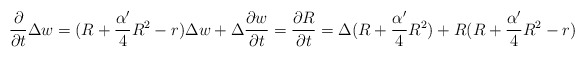
\begin{align*}\frac{\partial}{\partial t}\Delta w&=(R+\frac{\alpha'}{4}R^2-r)\Delta w+\Delta\frac{\partial w}{\partial t}=\frac{\partial R}{\partial t}=\Delta(R+\frac{\alpha'}{4}R^2)+R(R+\frac{\alpha'}{4}R^2-r)\end{align*}